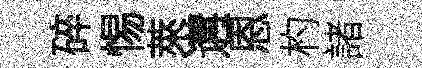
碎惕萊遘恩杓諸